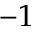
- 1